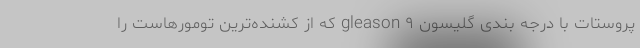
پروستات با درجه بندی گلیسون gleason ۹ که از کشنده‌ترین تومورهاست را